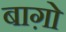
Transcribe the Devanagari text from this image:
बाग़ो